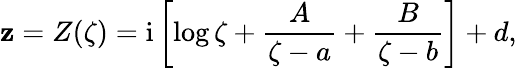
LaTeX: \mathbf{z}=Z(\zeta)=\mathrm{{i}}\left[\log\zeta+\frac{{A}}{{\zeta-a}}+\frac{{B}}{{\zeta-b}}\right]+d,